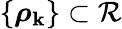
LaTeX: \{ \boldsymbol{\rho}_{\mathbf{k}}\} \subset\mathcal{{R}}